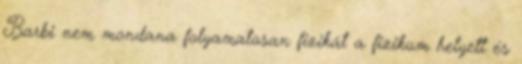
Barbi nem mondana folyamatosan fizikát a fizikum helyett és